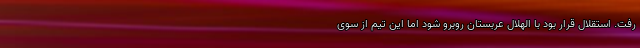
رفت. استقلال قرار بود با الهلال عربستان روبرو شود اما این تیم از سوی